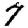
Digit: 7